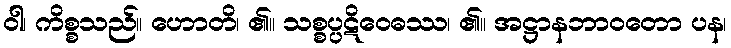
ဝါ၊ ကိစ္စသည်။ ဟောတိ၊ ၏။ သစ္စပ္ပဋိဝေဓဿ၊ ၏။ အဋ္ဌာနဘာဝတော ပန၊